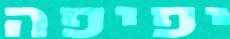
יפיפה